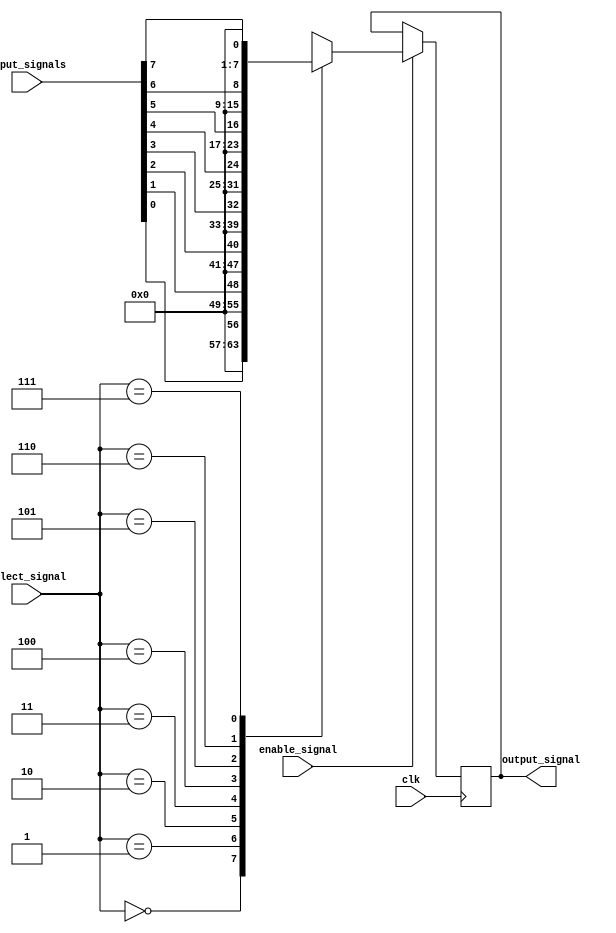
module bypass_register (
    input clk, // clock signal
    input [7:0] input_signals, // input signals to be bypassed
    input [2:0] select_signal, // select signal for choosing active input
    input enable_signal, // enable signal for bypass operation
    output reg [7:0] output_signal // output signal after bypass
);

reg [7:0] bypassed_input; // variable to store bypassed input

always @(posedge clk) begin
    if (enable_signal) begin
        case (select_signal)
            3'b000: bypassed_input <= input_signals[0];
            3'b001: bypassed_input <= input_signals[1];
            3'b010: bypassed_input <= input_signals[2];
            3'b011: bypassed_input <= input_signals[3];
            3'b100: bypassed_input <= input_signals[4];
            3'b101: bypassed_input <= input_signals[5];
            3'b110: bypassed_input <= input_signals[6];
            3'b111: bypassed_input <= input_signals[7];
            default: bypassed_input <= 8'b0; // default case
        endcase
    end
end

assign output_signal = bypassed_input;

endmodule